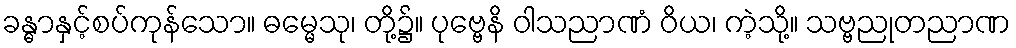
ခန္ဓာနှင့်စပ်ကုန်သော။ ဓမ္မေသု၊ တို့၌။ ပုဗ္ဗေနိ ဝါသညာဏံ ဝိယ၊ ကဲ့သို့။ သဗ္ဗညုတညာဏ